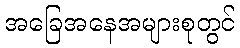
အခြေအနေအများစုတွင်